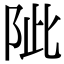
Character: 𨹀